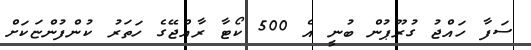
ސަފާ ހައްޖު ގުރޫޕުން ބުނީ އެ 500 ކޯޓާ ރާއްޖޭގެ ހަތަރު ކުންފުންޏަކަށް